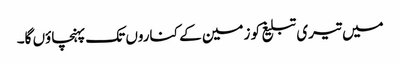
میں تیری تبلیغ کو زمین کے کناروں تک پہنچاؤں گا۔